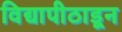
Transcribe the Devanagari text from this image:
विद्यापीठाडून